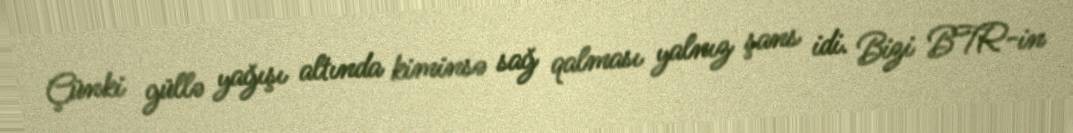
Çünki güllə yağışı altında kiminsə sağ qalması yalnız şans idi. Bizi BTR-in